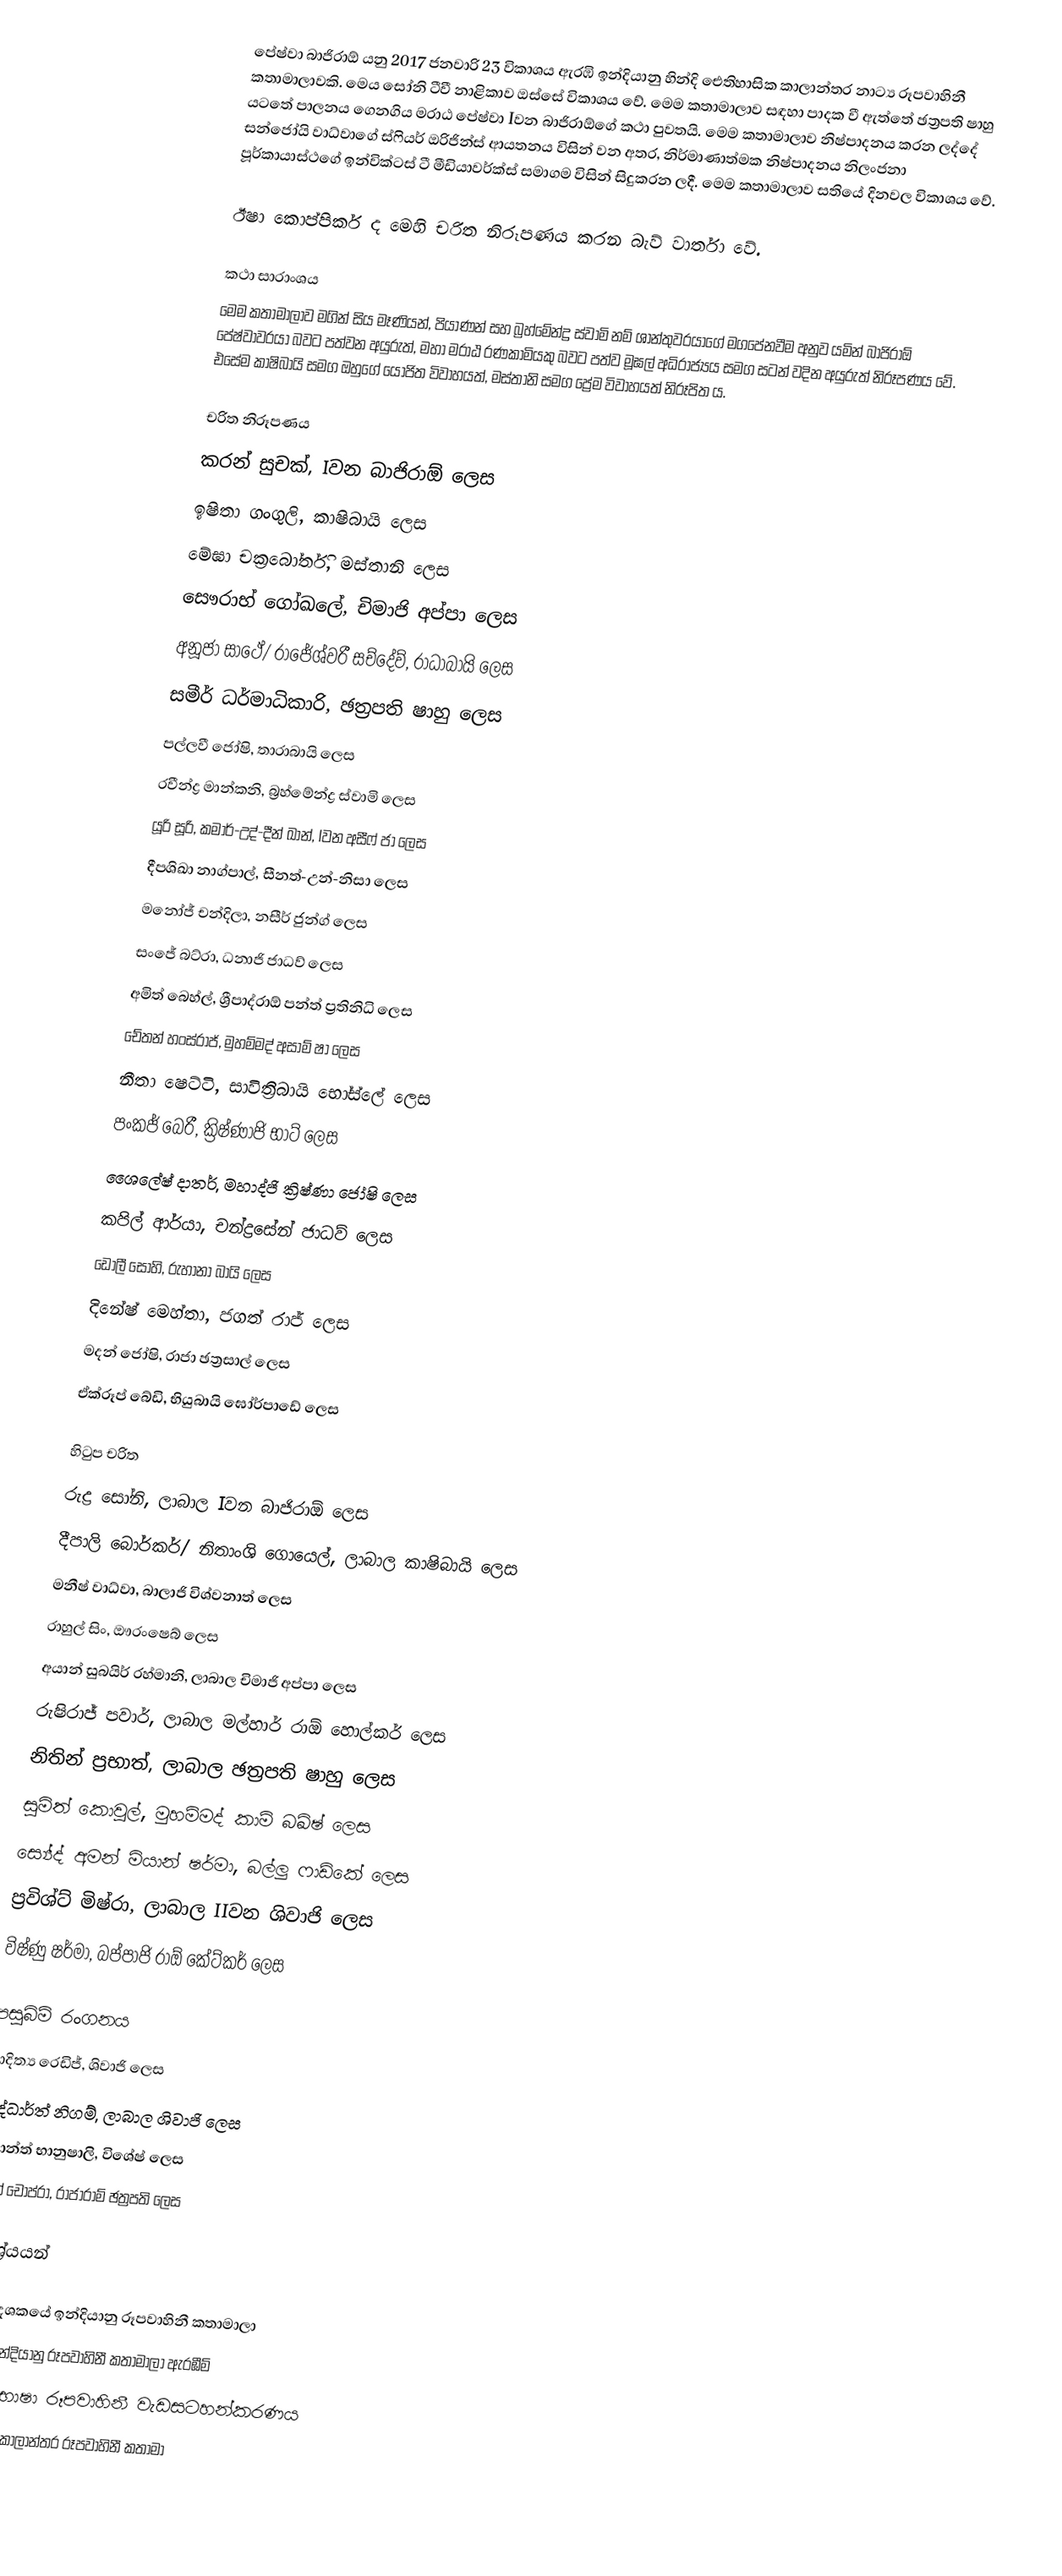
පේෂ්වා බාජිරාඕ යනු 2017 ජනවාරි 23 විකාශය ඇරඹි ඉන්දියානු හින්දි ඓතිහාසික කාලාන්තර නාට්‍ය රූපවාහිනී කතාමාලාවකි. මෙය සෝනි ටීවී නාළිකාව ඔස්සේ විකාශය වේ. මෙම කතාමාලාව සඳහා පාදක වී ඇත්තේ ඡත්‍රපති ෂාහු යටතේ පාලනය ගෙනගිය මරාඨ පේෂ්වා Iවන බාජිරාඕගේ කථා පුවතයි. මෙම කතාමාලාව නිෂ්පාදනය කරන ලද්දේ සන්ජෝයි වාධ්වාගේ ස්ෆියර් ඔරිජින්ස් ආයතනය විසින් වන අතර, නිර්මාණාත්මක නිෂ්පාදනය නිලංජනා පූර්කායාස්ථගේ ඉන්වික්ටස් ටී මීඩියාවර්ක්ස් සමාගම විසින් සිදුකරන ලදී. මෙම කතාමාලාව සතියේ දිනවල විකාශය වේ.

ඊෂා කොප්පිකර් ද මෙහි චරිත නිරූපණය කරන බැව් වාර්තා වේ.

කථා සාරාංශය
මෙම කතාමාලාව මගින් සිය මෑණියන්, පියාණන් සහ බ්‍රහ්මේන්ද්‍ර ස්වාමි නම් ශාන්තුවරයාගේ මගපේනවීම අනුව යමින් බාජිරාඕ පේෂ්වාවරයා බවට පත්වන අයුරුත්, මහා මරාඨ ‍රණකාමියකු බවට පත්ව මූඝල් අධිරාජ්‍යය සමග සටන් වදින අයුරුත් නිරූපණය වේ. එසේම කාෂිබායි සමග ඔහු‍ගේ යෝජිත විවාහයත්, මස්තානි සමග ප්‍රේම විවාහයත් නිරූපිත ය.

චරිත නිරූපණය
කරන් සුචක්, Iවන බාජිරාඕ ලෙස
ඉෂිතා ගංගුලි, කාෂිබායි ලෙස
මේඝා චක්‍රබෝර්ති, මස්තානි ලෙස
සෞරාභ් ගෝඛලේ, චිමාජි අප්පා ලෙස
අනූජා සාථේ/ රාජේශ්වරී සච්දේව්, රාධාබායි ලෙස
සමීර් ධර්මාධිකාරි, ඡත්‍රපති ෂාහු ලෙස
පල්ලවී ජෝෂි, තාරාබායි ලෙස
රවීන්ද්‍ර මාන්කනි, බ්‍රහ්මේන්ද්‍ර ස්වාමි ලෙස
යූරි සූරි, කමාර්-උද්-දීන් ඛාන්, Iවන අසීෆ් ජා ලෙස
දීපශිඛා නාග්පාල්, සීනත්-උන්-නිසා ලෙස
මනෝජ් චන්දිලා, නසීර් ජුන්ග් ලෙස
සංජේ බට්රා, ධනාජි ජාධව් ලෙස
 අමිත් බෙහ්ල්, ශ්‍රීපාද්රාඕ පන්ත් ප්‍රතිනිධි ලෙස
 චේතන් හංස්රාජ්, මුහම්මද් අසාම් ෂා ලෙස
 නීතා ෂෙට්ටි, සාවිත්‍රිබායි භෝස්ලේ ලෙස
 පංකජ් බෙරී, ක්‍රිෂ්ණාජි භාට් ලෙස
 ශෛලේෂ් දාතර්, මහාද්ජි ක්‍රිෂ්ණා ජෝෂි ලෙස
 කපිල් ආර්යා, චන්ද්‍රසේන් ජාධව් ලෙස
 ඩොලී සෝහි, රුහානා බායි ලෙස
 දිනේෂ් මෙහ්තා, ජගත් රාජ් ලෙස
 මදන් ජෝෂි, රාජා ඡත්‍රසාල් ලෙස
 ඒක්රූප් බේඩි, භියුබායි ඝෝර්පාඩේ ලෙස

හිටුප චරිත
රුද්‍ර සෝනි, ලාබාල Iවන බාජිරාඕ ලෙස
 දීපාලි බොර්කර්/ නිතාංශි ගොයෙල්, ලාබාල කාෂිබායි ලෙස
මනීෂ් වාධ්වා, බාලාජි විශ්වනාත් ලෙස
රාහුල් සිං, ඖරංෂෙබ් ලෙස
 අයාන් සුබයිර් රහ්මානි, ලාබාල චිමාජි අප්පා ලෙස
 රුෂිරාජ් පවාර්, ලාබාල මල්හාර් රාඕ හොල්කර් ලෙස
 නිතින් ප්‍රභාත්, ලාබාල ඡත්‍රපති ෂාහු ලෙස
සුමිත් කොවුල්, මුහම්මද් කාම් බඛ්ෂ් ලෙස
ස්‍යේද් අමන් මියාන් ෂර්මා, බල්ලු ෆාඩ්කේ ලෙස
 ප්‍රවිශ්ට් මිෂ්රා, ලාබාල IIවන ශිවාජි ලෙස
 විෂ්ණු ෂර්මා, බප්පාජි රාඕ කේ‍ට්කර් ලෙස

පසුබිම් රංගනය
 ආදිත්‍ය රෙඩිජ්, ශිවාජි ලෙස
සිද්ධාර්ත් නිගම්, ලාබාල ශිවාජි ලෙස
 ඉශාන්ත් භානුෂාලි, විශේෂ් ලෙස
 පවන් චොප්රා, රාජාරාම් ඡත්‍රපති ලෙස

ආශ්‍රේයයන්

2010 දශකයේ ඉන්දියානු රූපවාහිනී කතාමාලා
2016 ඉන්දියානු රූපවාහිනී කතාමාලා ඇරඹීම්
හින්දි-භාෂා රූපවාහිනී වැඩසටහන්කරණය
ඉන්දියානු කාලාන්තර රූපවාහිනී කතාමා